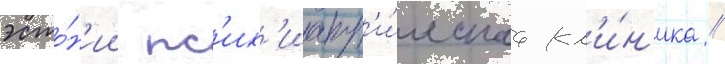
эсто́н'ии пс'их'иатр'и́ческаа кл'и́н'ика //